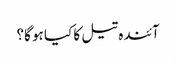
آئندہ تیل کا کیا ہو گا؟